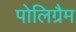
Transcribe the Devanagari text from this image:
पोलिग्रैम